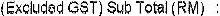
(EXCLUDED GST) SUB TOTAL (RM) :